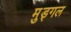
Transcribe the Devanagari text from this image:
मुड्गल